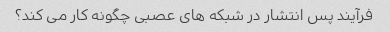
فرآیند پس انتشار در شبکه های عصبی چگونه کار می کند؟